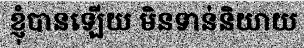
ខ្ញុំបានឡើយ មិនទាន់និយាយ